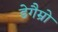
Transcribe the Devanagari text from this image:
डेगैम्रो